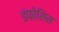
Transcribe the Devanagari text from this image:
इंफ़ोसिस